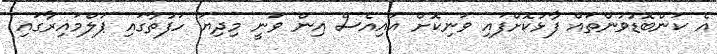
އެ ކަންބޮޑުވުންތައް ފާޅުކޮށްފައި ވަނިކޮށް އައިއެސް އިން ވަނީ މިދިޔަ ހަފުތާގައި ޕަލްމައިރާގައި